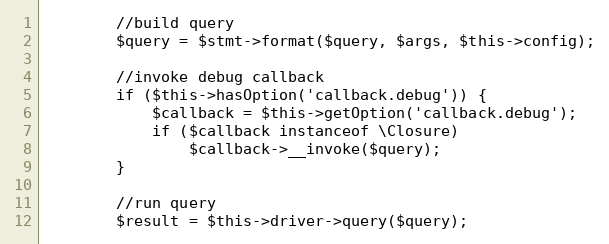
Language: PHP
		//build query
		$query = $stmt->format($query, $args, $this->config);

		//invoke debug callback
		if ($this->hasOption('callback.debug')) {
			$callback = $this->getOption('callback.debug');
			if ($callback instanceof \Closure)
				$callback->__invoke($query);
		}

		//run query
		$result = $this->driver->query($query);